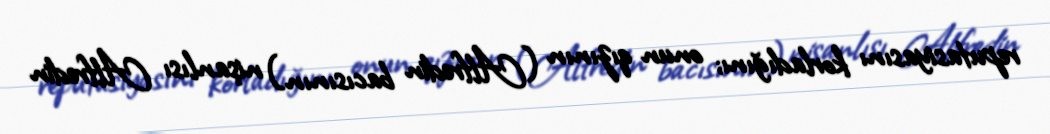
reputasiyasını korladığını; onun qızının (Alfredin bacısının) nişanlısı Alfredin